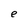
Character: e